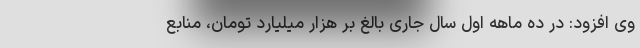
وی افزود: در ده ماهه اول سال جاری بالغ بر هزار میلیارد تومان، منابع